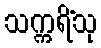
သက္ကရိံသု